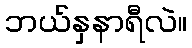
ဘယ်နှနာရီလဲ။